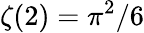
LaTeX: \zeta(2)=\pi^{2}/6